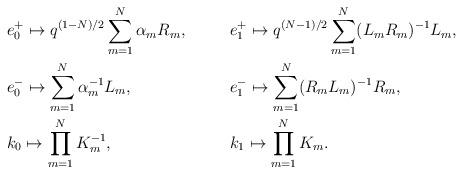
LaTeX: \begin{align*}&e_0^{+} \mapsto q^{(1-N)/2}\sum_{m=1}^N \alpha_mR_m, &&e_1^{+} \mapsto q^{(N-1)/2}\sum_{m=1}^N (L_mR_m)^{-1}L_m, \\&e_0^{-} \mapsto \sum_{m=1}^N \alpha_m^{-1} L_m, &&e_1^{-} \mapsto \sum_{m=1}^N (R_mL_m)^{-1}R_m, \\&k_0 \mapsto \prod_{m=1}^N K_m^{-1}, &&k_1 \mapsto \prod_{m=1}^N K_m.\end{align*}